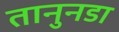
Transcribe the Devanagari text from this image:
तानुनडा